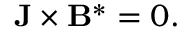
\begin{array} { r } { { \bf J } \times { \bf B } ^ { * } = 0 . } \end{array}